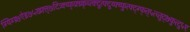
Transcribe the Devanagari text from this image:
ग्यिग्य्र्७ऐइ७५ख्फ्त्७दित्र्क्य्फ्फ्र्य्र्क्च्त्क्दुत्फ्दुय्फ्य्फुत्फ्द्ग्फ्त्५त्च्तुद्७फुत्दु५ए